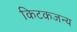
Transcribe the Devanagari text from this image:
किटकजन्य